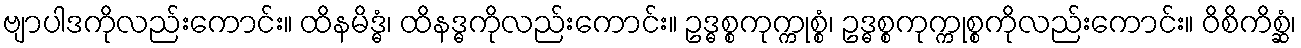
ဗျာပါဒကိုလည်းကောင်း။ ထိနမိဒ္ဓံ၊ ထိနဒ္ဓကိုလည်းကောင်း။ ဥဒ္ဓစ္စကုက္ကုစ္စံ၊ ဥဒ္ဓစ္စကုက္ကုစ္စကိုလည်းကောင်း။ ဝိစိကိစ္ဆံ၊